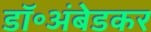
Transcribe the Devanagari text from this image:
डॉ॰अंबेडकर